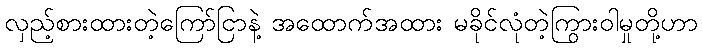
လှည့်စားထားတဲ့ကြော်ငြာနဲ့ အထောက်အထား မခိုင်လုံတဲ့ကြွားဝါမှုတို့ဟာ